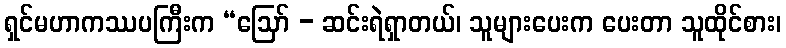
ရှင်မဟာကဿပကြီးက “ဩော် - ဆင်းရဲရှာတယ်၊ သူများပေးက ပေးတာ သူထိုင်စား၊